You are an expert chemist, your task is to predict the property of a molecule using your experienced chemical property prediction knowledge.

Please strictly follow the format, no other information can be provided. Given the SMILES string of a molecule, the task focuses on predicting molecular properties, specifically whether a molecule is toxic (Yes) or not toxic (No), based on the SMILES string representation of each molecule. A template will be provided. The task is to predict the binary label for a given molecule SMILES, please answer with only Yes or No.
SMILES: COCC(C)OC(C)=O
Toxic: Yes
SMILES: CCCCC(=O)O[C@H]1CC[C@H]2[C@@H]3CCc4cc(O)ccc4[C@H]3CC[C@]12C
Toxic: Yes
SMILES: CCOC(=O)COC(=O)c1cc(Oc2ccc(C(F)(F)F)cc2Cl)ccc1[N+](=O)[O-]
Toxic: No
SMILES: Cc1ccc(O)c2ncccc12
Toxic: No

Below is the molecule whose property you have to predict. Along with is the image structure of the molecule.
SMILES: Cc1ccc(N=Nc2c(O)ccc(N=Nc3ccc(S(=O)(=O)[O-])cc3)c2O)c(C)c1
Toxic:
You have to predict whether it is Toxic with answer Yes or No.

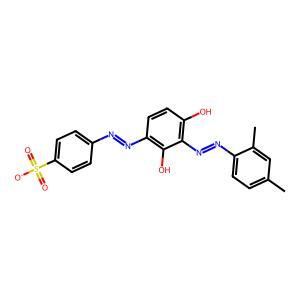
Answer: No